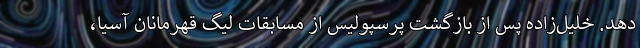
دهد. خلیل‌زاده پس از بازگشت پرسپولیس از مسابقات لیگ قهرمانان آسیا،